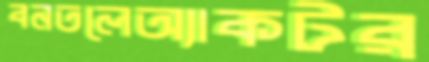
বনতলেঅ্যাকটর